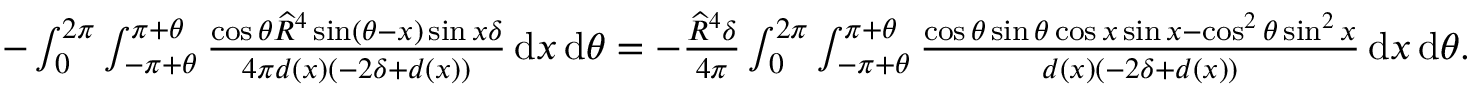
\begin{array} { r } { - \int _ { 0 } ^ { 2 \pi } \int _ { - \pi + \theta } ^ { \pi + \theta } \frac { \cos \theta \widehat { R } ^ { 4 } \sin ( \theta - x ) \sin x \delta } { 4 \pi d ( x ) ( - 2 \delta + d ( x ) ) } \, { \mathrm { d } } x \, { \mathrm { d } } \theta = - \frac { \widehat { R } ^ { 4 } \delta } { 4 \pi } \int _ { 0 } ^ { 2 \pi } \int _ { - \pi + \theta } ^ { \pi + \theta } \frac { \cos \theta \sin \theta \cos x \sin x - \cos ^ { 2 } \theta \sin ^ { 2 } x } { d ( x ) \left( - 2 \delta + d ( x ) \right) } \, { \mathrm { d } } x \, { \mathrm { d } } \theta . } \end{array}